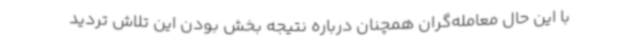
با این حال معامله‌گران همچنان درباره نتیجه بخش بودن این تلاش تردید